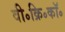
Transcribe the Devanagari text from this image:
वी॰क्रि॰कॉ॰